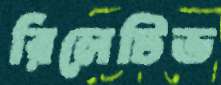
রিলেটিভ